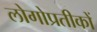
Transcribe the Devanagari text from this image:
लोगोप्रतीकों